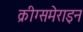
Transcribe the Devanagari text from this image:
क्रीग्समेराइन